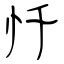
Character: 忏